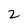
Character: 2